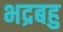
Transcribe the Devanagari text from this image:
भद्रबहु